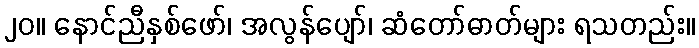
၂၀။ နောင်ညီနှစ်ဖော်၊ အလွန်ပျော်၊ ဆံတော်ဓာတ်များ ရသတည်း။